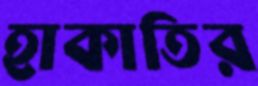
হাকাতির